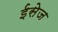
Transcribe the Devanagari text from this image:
ईसेज